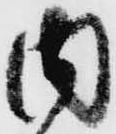
内